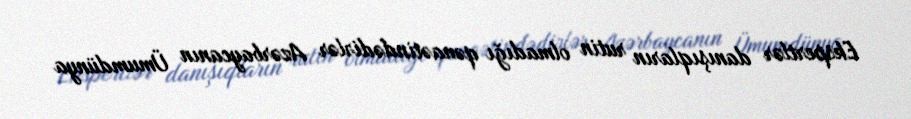
Ekspertlər danışıqların rutin olmadığı qənaətindədirlər Azərbaycanın Ümumdünya